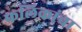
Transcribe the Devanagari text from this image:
फलिकांचा